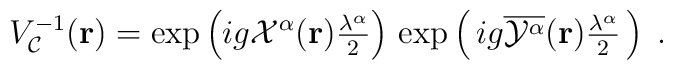
V_{\cal{C}}^{-1}({\bf{r}})=\exp\left(ig{\cal X}^\alpha({\bf{r}}){\textstyle\frac{\lambda^\alpha}{2}}\right)\,\exp\left(\,ig{\overline{{\cal{Y}}^\alpha}}({\bf{r}}){\textstyle\frac{\lambda^\alpha}{2}}\,\right)\;.